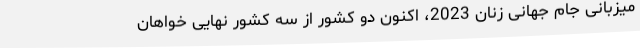
میزبانی جام جهانی زنان 2023، اکنون دو کشور از سه کشور نهایی خواهان